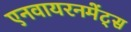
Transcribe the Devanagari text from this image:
एनवायरनमेंट्स